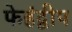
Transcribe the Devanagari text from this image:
फेहंद्वीप